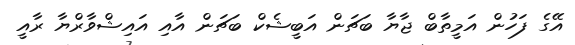
އޭގެ ފަހުން އަމީތާބް ޖާޔާ ބަޗަން އަބީޝެކް ބަޗަން އާއި އައިޝްވާރްޔާ ރާއީ